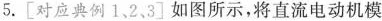
5.[对应典例1、2、3]如图所示，将直流电动机模